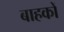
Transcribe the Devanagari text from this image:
बाहकों